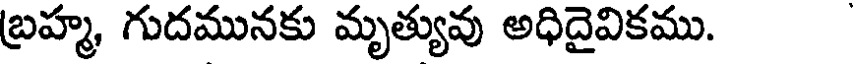
బ్రహ్మ, గుదమునకు మృత్యువు అధిదైవికము.